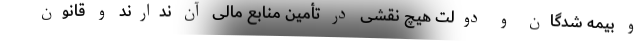
و بیمه شدگان و دولت هیچ نقشی در تأمین منابع مالی آن ندارند و قانون